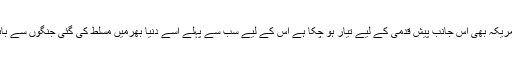
لگتا ہے اب امریکہ بھی اس جانب پیش قدمی کے لیے تیار ہو چکا ہے اس کے لیے سب سے پہلے اسے دنیا بھرمیں مسلط کی گئی جنگوں سے باہر نکلنا ہو گا۔